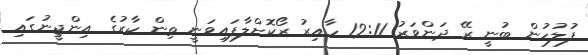
ފުލުހުން ބުނީ ރޭ ދަންވަރު 12:11 ހާއިރު ރޯކޮށްލާފައިވަނީ ތިން ކާރުގެ އިންޖީނުގައި